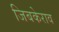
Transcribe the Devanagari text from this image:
जिबकेराव